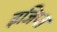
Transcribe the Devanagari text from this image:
इजिप्‍त